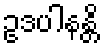
ဥဒပါနန္တိ